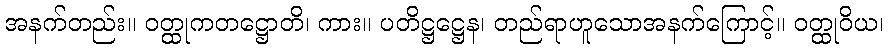
အနက်တည်း။ ဝတ္ထုကတဋ္ဌောတိ၊ ကား။ ပတိဋ္ဌဋ္ဌေန၊ တည်ရာဟူသောအနက်ကြောင့်။ ဝတ္ထုဝိယ၊